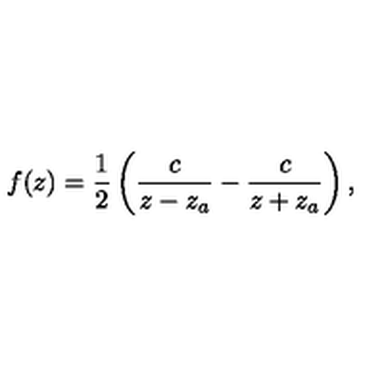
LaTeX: f ( z ) = { \frac { 1 } { 2 } } \left( { \frac { c } { z - z _ { a } } } - { \frac { c } { z + z _ { a } } } \right) ,